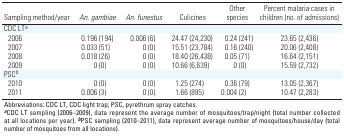
<table><thead><tr><td><b>Sampling method/year</b></td><td><b><i>An. gambiae</i></b></td><td><b><i>An. funestus</i></b></td><td><b>Culicines</b></td><td><b>Other species</b></td><td><b>Percent malaria cases in children (no. of admissions)</b></td></tr></thead><tbody><tr><td><b>CDC LT<sup><i>a</i></sup></b></td></tr><tr><td><b>2006</b></td><td>0.196 (194)</td><td>0.006 (6)</td><td>24.47 (24,230)</td><td>0.24 (241)</td><td>23.65 (2,436)</td></tr><tr><td><b>2007</b></td><td>0.033 (51)</td><td>0 (0)</td><td>15.51 (23,784)</td><td>0.16 (240)</td><td>20.06 (2,408)</td></tr><tr><td><b>2008</b></td><td>0.018 (26)</td><td>0 (0)</td><td>18.40 (26,438)</td><td>0.05 (71)</td><td>16.64 (2,151)</td></tr><tr><td><b>2009</b></td><td>0 (0)</td><td>0 (0)</td><td>10.66 (6,639)</td><td>0 (0)</td><td>15.59 (2,732)</td></tr><tr><td><b>PSC<sup><i>b</i></sup></b></td></tr><tr><td><b>2010</b></td><td>0 (0)</td><td>0 (0)</td><td>1.25 (274)</td><td>0.36 (79)</td><td>13.05 (2,367)</td></tr><tr><td><b>2011</b></td><td>0.006 (3)</td><td>0 (0)</td><td>1.66 (895)</td><td>0.004 (2)</td><td>10.47 (2,283)</td></tr><tr><td colspan="6">Abbreviations: CDC LT, CDC light trap; PSC, pyrethrum spray catches. <sup><i><b>a</b></i></sup>CDC LT sampling (2006–2009), data represent the average number of mosquitoes/trap/night (total number collected at all locations per year). <sup><i><b>b</b></i></sup>PSC sampling (2010–2011), data represent average number of mosquitoes/house/day (total number of mosquitoes from all locations). </td></tr></tbody></table>